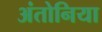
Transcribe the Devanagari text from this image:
अंतोनिया